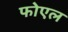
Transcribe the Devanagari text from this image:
फोएल